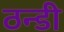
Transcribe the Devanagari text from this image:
ठन्डी